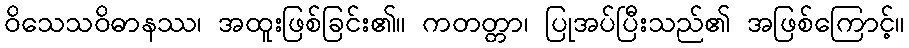
ဝိသေသဝိဓာနဿ၊ အထူးဖြစ်ခြင်း၏။ ကတတ္တာ၊ ပြုအပ်ပြီးသည်၏ အဖြစ်ကြောင့်။